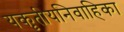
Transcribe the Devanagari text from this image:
यकृतीयनिवाहिका